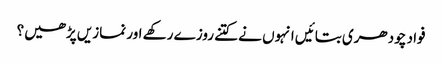
فواد چودھری بتائیں انہوں نے کتنے روزے رکھے اور نمازیں پڑھیں؟